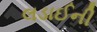
લડાઈની